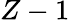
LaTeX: Z-1